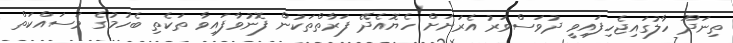
ތިނަދޫ ހާލުގައިޖެހިފައިވީ ދުވަސްވަރު އެރަށަށް ހެޔޮއެދޭ ފަރާތްތަކުން ފޮނުވާފައިވާ ތަކެތި ބެހުމުގެ މަސައްކަތް